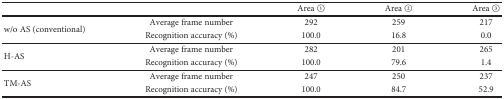
<table><thead><tr><td></td><td></td><td><b>Area 1</b></td><td><b>Area 2</b></td><td><b>Area 3</b></td></tr></thead><tbody><tr><td rowspan="2">w/o AS (conventional)</td><td>Average frame number</td><td>292</td><td>259</td><td>217</td></tr><tr><td>Recognition accuracy (%)</td><td>100.0</td><td>16.8</td><td>0.0</td></tr><tr><td rowspan="2">H-AS</td><td>Average frame number</td><td>282</td><td>201</td><td>265</td></tr><tr><td>Recognition accuracy (%)</td><td>100.0</td><td>79.6</td><td>1.4</td></tr><tr><td rowspan="2">TM-AS</td><td>Average frame number</td><td>247</td><td>250</td><td>237</td></tr><tr><td>Recognition accuracy (%)</td><td>100.0</td><td>84.7</td><td>52.9</td></tr></tbody></table>